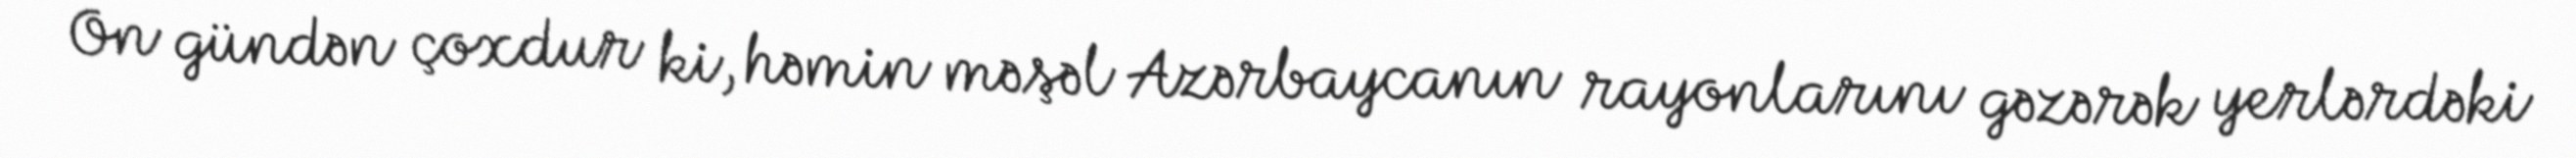
On gündən çoxdur ki, həmin məşəl Azərbaycanın rayonlarını gəzərək yerlərdəki